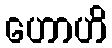
ဟောဟိ